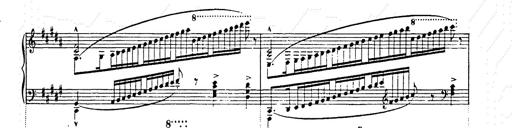
Title: Ballade No.2
Composer: Jan Skrzydlewski
Key: B minor